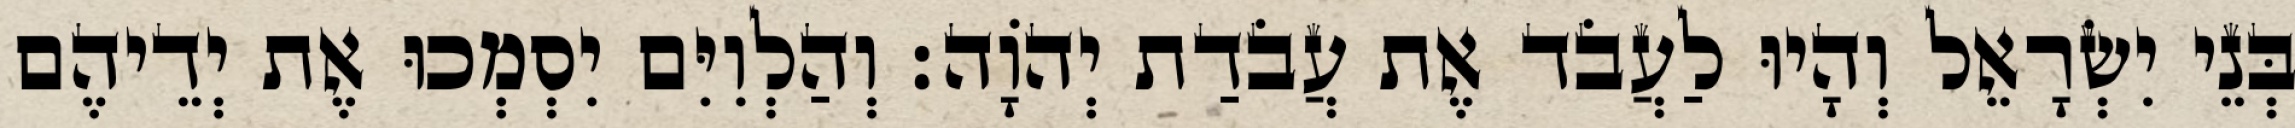
בְּנֵי יִשְׂרָאֵל וְהָיוּ לַעֲבֹד אֶת עֲבֹדַת יְהוָֹה׃ וְהַלְוִיִּם יִסְמְכוּ אֶת יְדֵיהֶם